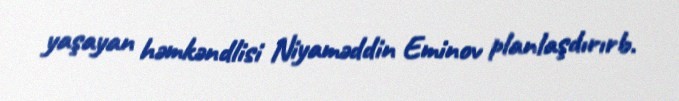
yaşayan həmkəndlisi Niyaməddin Eminov planlaşdırırb.